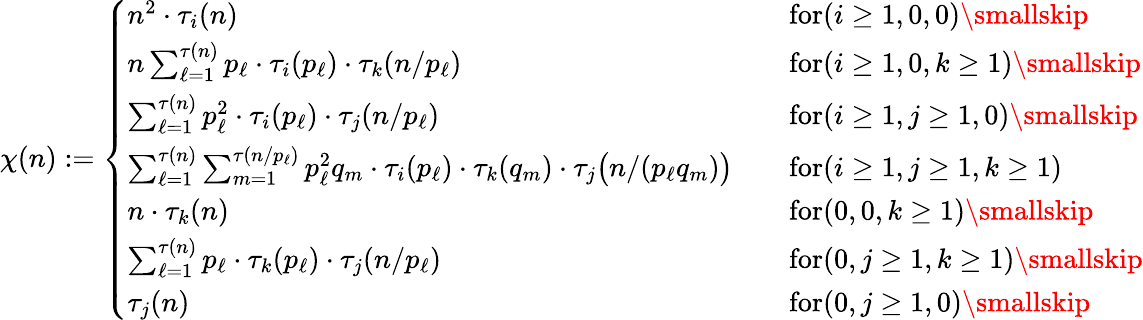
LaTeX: \chi(n):=\left\{ \begin{array}{ll}{n^{2}\cdot\tau_{i}(n)\quad}&{\textnormal{for}(i\geq 1,0,0)\smallskip}\\ {n\sum_{\ell=1}^{\tau(n)}p_{\ell}\cdot\tau_{i}(p_{\ell})\cdot\tau_{k}(n/p_{\ell})\quad}&{\textnormal{for}(i\geq 1,0,k\geq 1)\smallskip}\\ {\sum_{\ell=1}^{\tau(n)}p_{\ell}^{2}\cdot\tau_{i}(p_{\ell})\cdot\tau_{j}(n/p_{\ell})\quad}&{\textnormal{for}(i\geq 1,j\geq 1,0)\smallskip}\\ {\sum_{\ell=1}^{\tau(n)}\sum_{m=1}^{\tau(n/p_{\ell})}p_{\ell}^{2}q_{m}\cdot\tau_{i}(p_{\ell})\cdot\tau_{k}(q_{m})\cdot\tau_{j}\big(n/(p_{\ell}q_{m})\big)\quad}&{\textnormal{for}(i\geq 1,j\geq 1,k\geq 1)}\\ {n\cdot\tau_{k}(n)\quad}&{\textnormal{for}(0,0,k\geq 1)\smallskip}\\ {\sum_{\ell=1}^{\tau(n)}p_{\ell}\cdot\tau_{k}(p_{\ell})\cdot\tau_{j}(n/p_{\ell})\quad}&{\textnormal{for}(0,j\geq 1,k\geq 1)\smallskip}\\ {\tau_{j}(n)\quad}&{\textnormal{for}(0,j\geq 1,0)\smallskip}\end{array}\right.